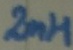
Text: 2mH